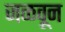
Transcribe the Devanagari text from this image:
जळवून